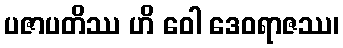
ပဇာပတိဿ ဟိ ဝေါ ဒေဝရာဇဿ၊